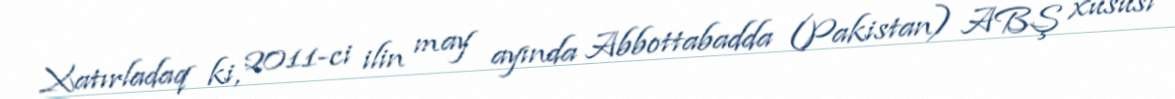
Xatırladaq ki, 2011-ci ilin may ayında Abbottabadda (Pakistan) ABŞ xüsusi